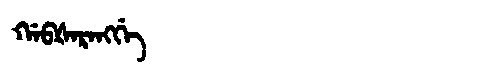
Manchu: ᡤᠠᠪᡧᠠᡵᠠᠩᡤᡝ
Romanization: GABŠARANGGE